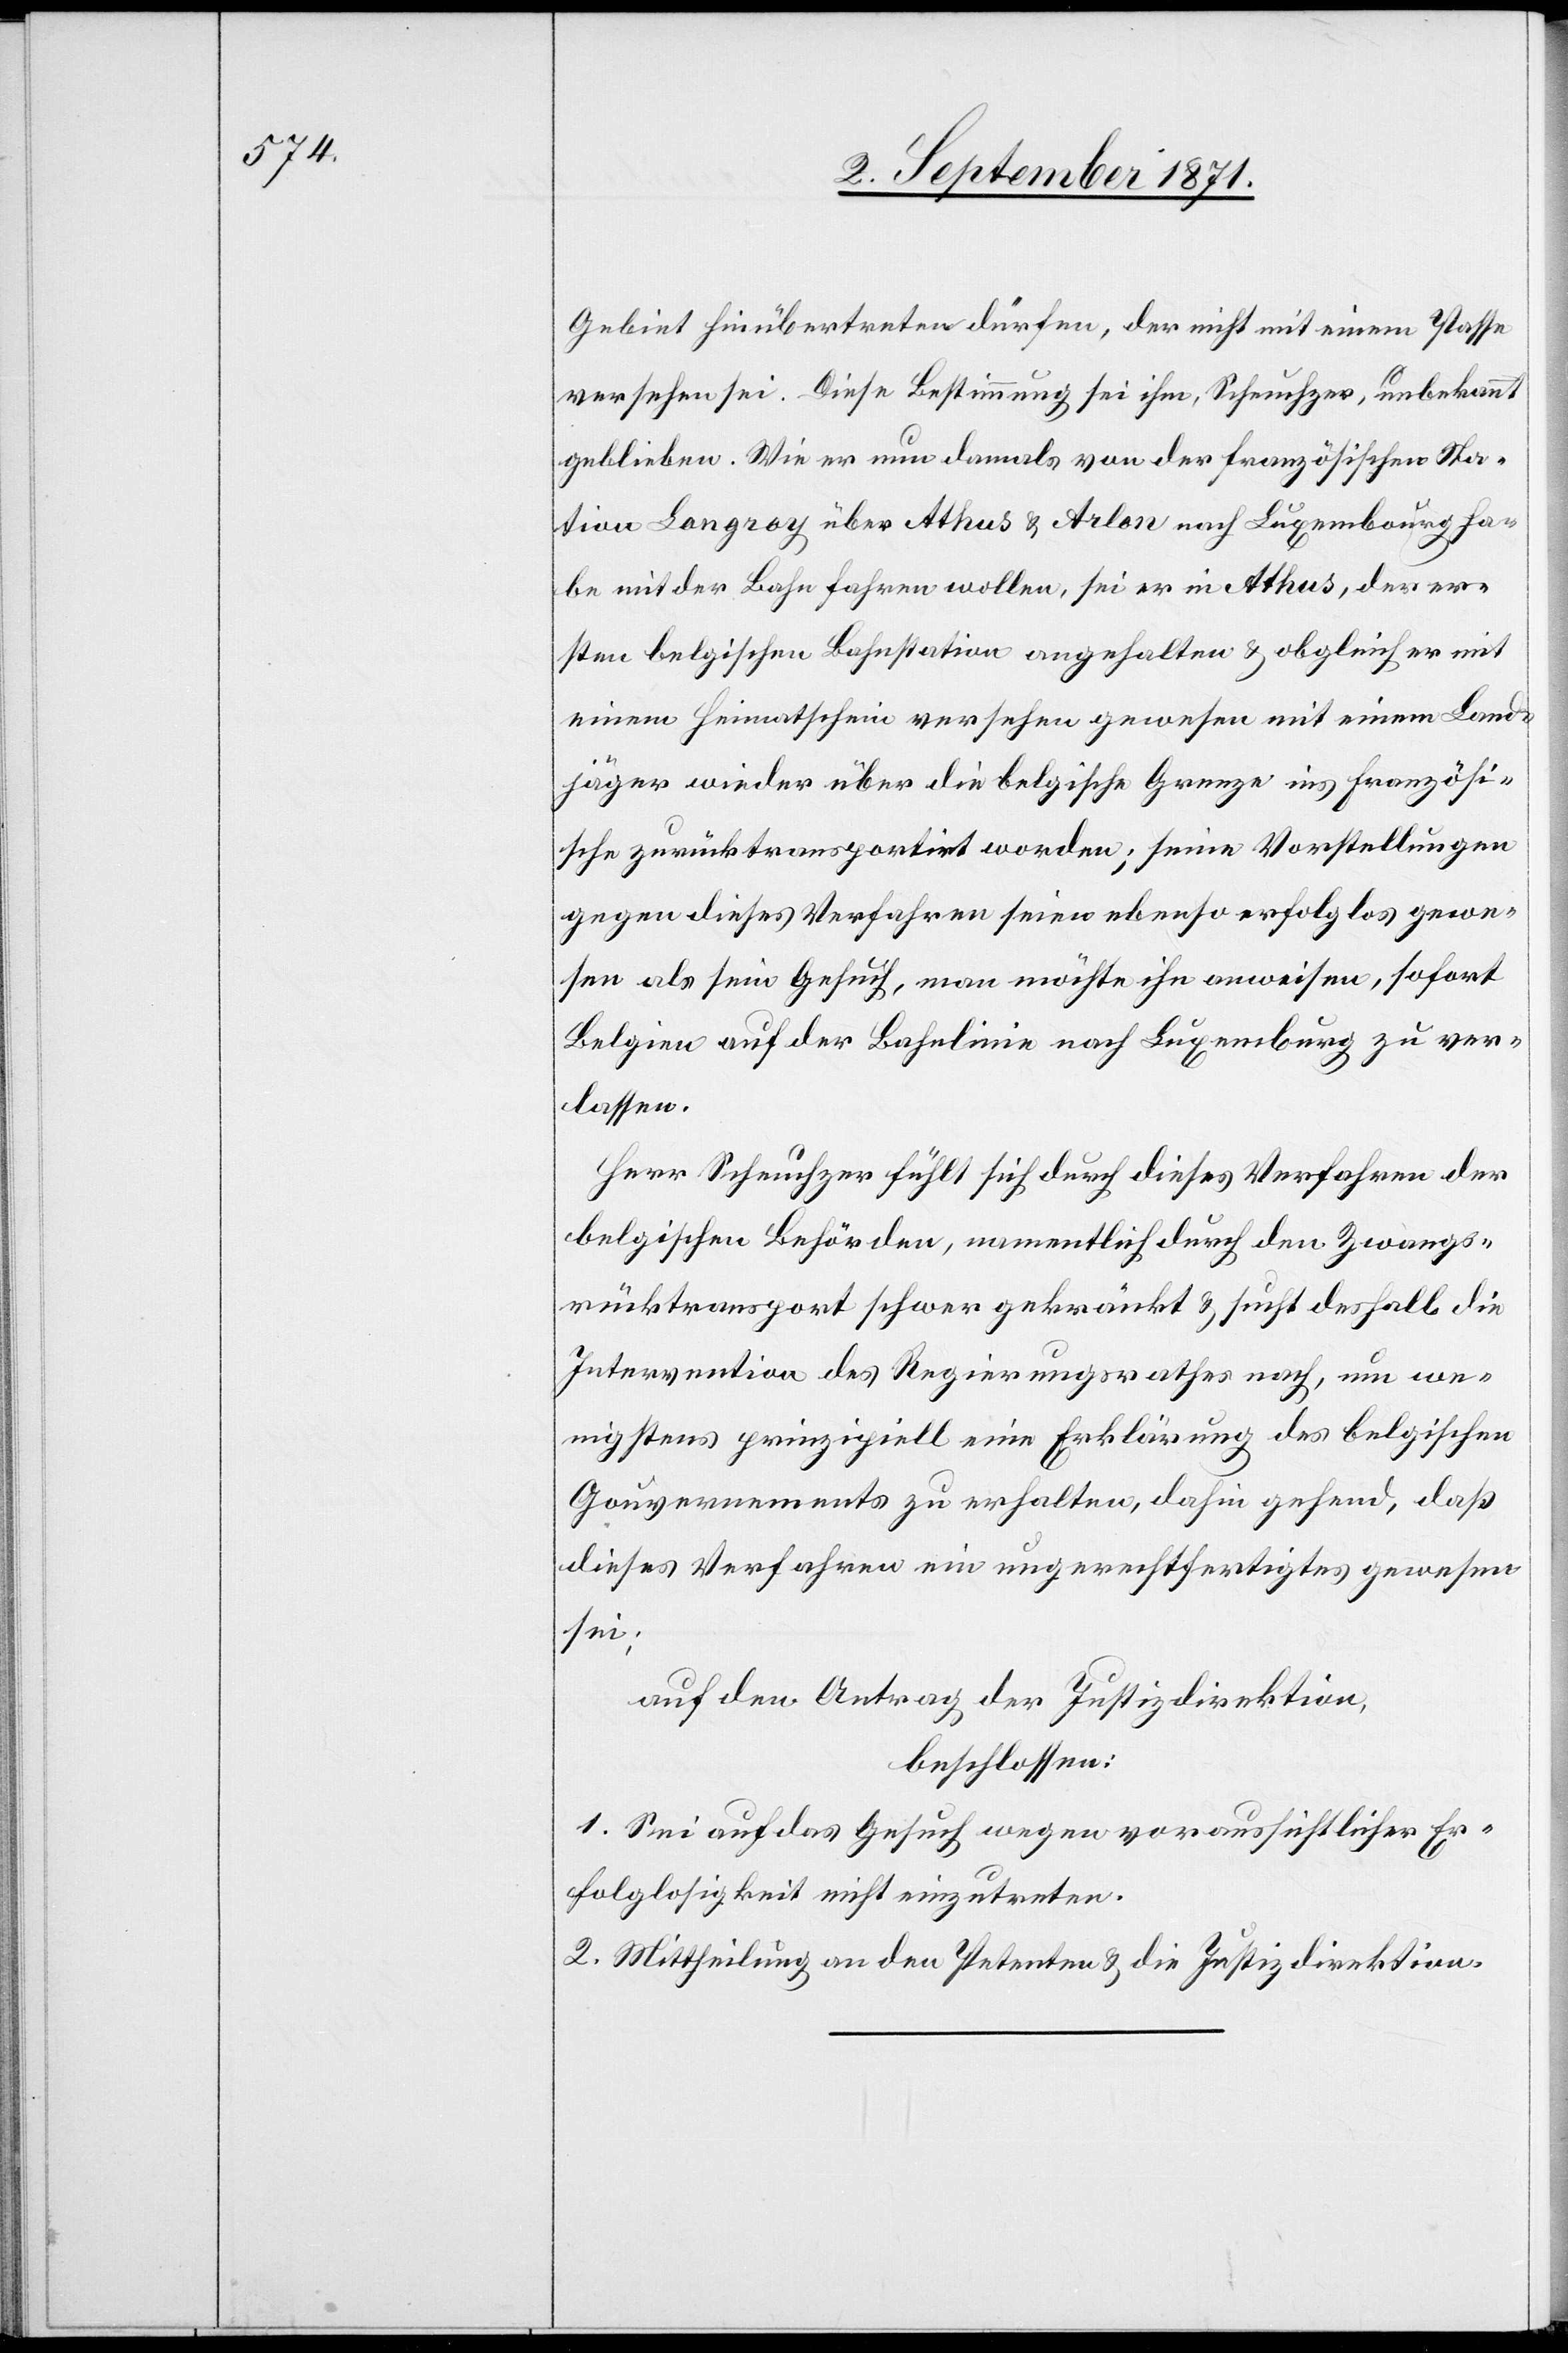
Gebiet hinübertreten dürfen, der nicht mit einem Passe
versehen sei. Diese Bestimmung sei ihm, Scheuchzer, unbekannt
geblieben. Wie er nun damals von der französischen Sta¬
tion Langroy über Athus & Arlon nach Luxemburg ha¬
be mit der Bahn fahren wollen, sei er in Athus, der er¬
sten belgischen Bahnstation angehalten & obgleich er mit
einem Heimatschein versehen gewesen mit einem Land¬
jäger wieder über die belgische Grenze ins Französi¬
sche zurücktransportirt worden; seine Vorstellungen
gegen dieses Verfahren seien ebenso erfolglos gewe¬
sen als sein Gesuch, man möchte ihn anweisen, sofort
Belgien auf der Bahnlinie nach Luxemburg zu ver¬
lassen.
Herr Scheuchzer fühlt sich durch dieses Verfahren der
belgischen Behörden, namentlich durch den Zwangs¬
rücktransport schwer gekränkt & sucht deshalb die
Intervention des Regierungsrathes nach, um we¬
nigstens prinzipiell eine Erklärung des belgischen
Gouvernements zu erhalten, dahin gehend, daß
dieses Verfahren ein ungerechtfertigtes gewesen
sei;
auf den Antrag der Justizdirektion
beschlossen:
1. Sei auf das Gesuch wegen voraussichtlicher Er¬
folglosigkeit nicht einzutreten.
2. Mittheilung an den Petenten & die Justizdirektion.